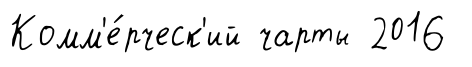
Комм'е́рческ'ий чарты 2016